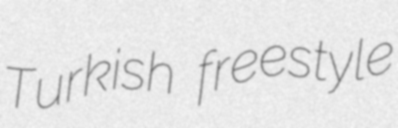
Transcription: Turkish freestyle